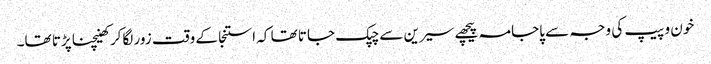
خون و پیپ کی وجہ سے پاجامہ پیچھے سیرین سے چپک جاتا تھا کہ استنجا کے وقت زور لگاکر کھینچنا پڑتا تھا۔